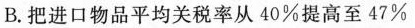
B.把进口物品平均关税率从40%提高至47%